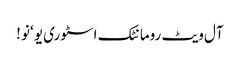
آل ویٹ رومانٹک اسٹوری یو ‘نو !